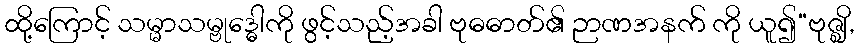
ထို့ကြောင့် သမ္မာသမ္ဗုဒ္ဓေါကို ဖွင့်သည့်အခါ ဗုဓဓာတ်၏ ဉာဏအနက် ကို ယူ၍“ဗုဇ္ဈိ,